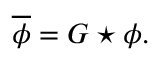
{ \overline { { \phi } } } = G \star \phi .